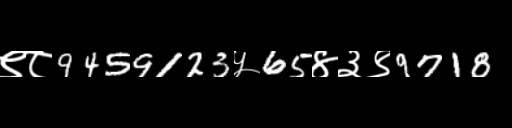
Text: ९८9459123५65४३९9718